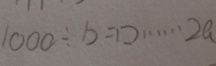
1 0 0 0 \div b = \square \cdots 2 a